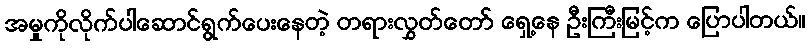
အမှုကိုလိုက်ပါဆောင်ရွက်ပေးနေတဲ့ တရားလွှတ်တော် ရှေ့နေ ဦးကြီးမြင့်က ပြောပါတယ်။